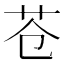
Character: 苍